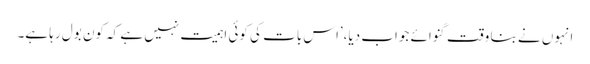
انہوں نے بنا وقت گنوائے جواب دیا،’اس بات کی کوئی اہمیت نہیں ہے کہ کون بول رہا ہے۔